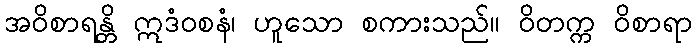
အဝိစာရန္တိ ဣဒံဝစနံ၊ ဟူသော စကားသည်။ ဝိတက္က ဝိစာရာ